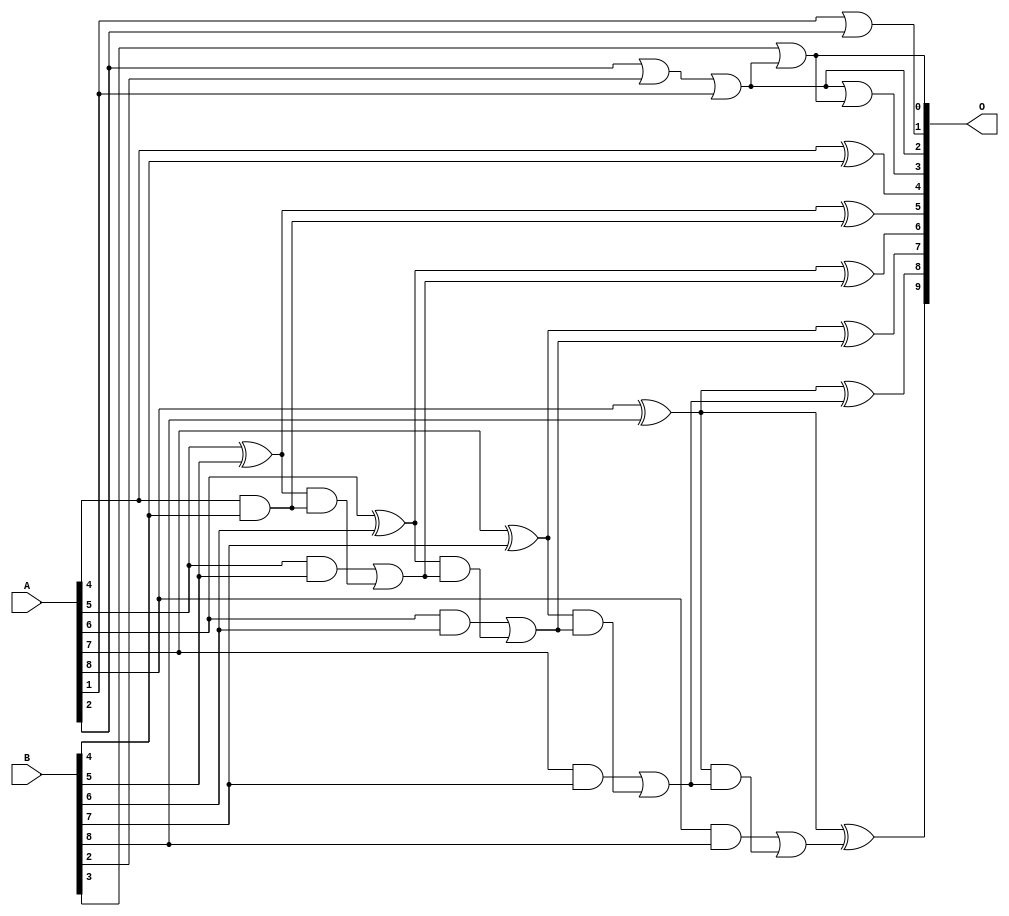
/***
* This code is a part of EvoApproxLib library (ehw.fit.vutbr.cz/approxlib) distributed under The MIT License.
* When used, please cite the following article(s): V. Mrazek, L. Sekanina, Z. Vasicek "Libraries of Approximate Circuits: Automated Design and Application in CNN Accelerators" IEEE Journal on Emerging and Selected Topics in Circuits and Systems, Vol 10, No 4, 2020 
* This file contains a circuit from a sub-set of pareto optimal circuits with respect to the pwr and mae parameters
***/
// MAE% = 1.02 %
// MAE = 5.2 
// WCE% = 2.93 %
// WCE = 15 
// WCRE% = 800.00 %
// EP% = 92.58 %
// MRE% = 10.51 %
// MSE = 41 
// PDK45_PWR = 0.021 mW
// PDK45_AREA = 54.9 um2
// PDK45_DELAY = 0.39 ns

module add9se_0CU (
    A,
    B,
    O
);

input [8:0] A;
input [8:0] B;
output [9:0] O;

wire sig_23,sig_25,sig_28,sig_29,sig_33,sig_35,sig_36,sig_40,sig_41,sig_42,sig_43,sig_44,sig_45,sig_46,sig_47,sig_48,sig_49,sig_50,sig_51,sig_52;
wire sig_53,sig_54,sig_55,sig_56,sig_57,sig_58,sig_59,sig_60,sig_61;

assign sig_23 = A[1] | A[2];
assign sig_25 = A[2] | B[2];
assign sig_28 = sig_25 | A[1];
assign sig_29 = B[3] | sig_28;
assign sig_33 = sig_28 | sig_29;
assign sig_35 = A[4] ^ B[4];
assign sig_36 = A[4] & B[4];
assign sig_40 = A[5] ^ B[5];
assign sig_41 = A[5] & B[5];
assign sig_42 = sig_40 & sig_36;
assign sig_43 = sig_40 ^ sig_36;
assign sig_44 = sig_41 | sig_42;
assign sig_45 = A[6] ^ B[6];
assign sig_46 = A[6] & B[6];
assign sig_47 = sig_45 & sig_44;
assign sig_48 = sig_45 ^ sig_44;
assign sig_49 = sig_46 | sig_47;
assign sig_50 = A[7] ^ B[7];
assign sig_51 = A[7] & B[7];
assign sig_52 = sig_50 & sig_49;
assign sig_53 = sig_50 ^ sig_49;
assign sig_54 = sig_51 | sig_52;
assign sig_55 = A[8] ^ B[8];
assign sig_56 = A[8] & B[8];
assign sig_57 = sig_55 & sig_54;
assign sig_58 = sig_55 ^ sig_54;
assign sig_59 = sig_56 | sig_57;
assign sig_60 = A[8] ^ B[8];
assign sig_61 = sig_60 ^ sig_59;

assign O[9] = sig_61;
assign O[8] = sig_58;
assign O[7] = sig_53;
assign O[6] = sig_48;
assign O[5] = sig_43;
assign O[4] = sig_35;
assign O[3] = sig_33;
assign O[2] = sig_28;
assign O[1] = sig_23;
assign O[0] = sig_29;

endmodule